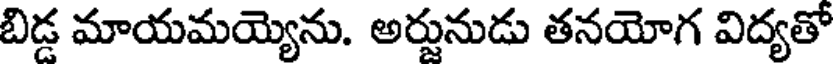
బిడ మాయమయ్యెను. అర్జునుడు తనయోగ విద్యతో